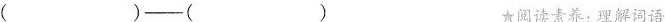
( )——( ) ★阅读素养：理解词语